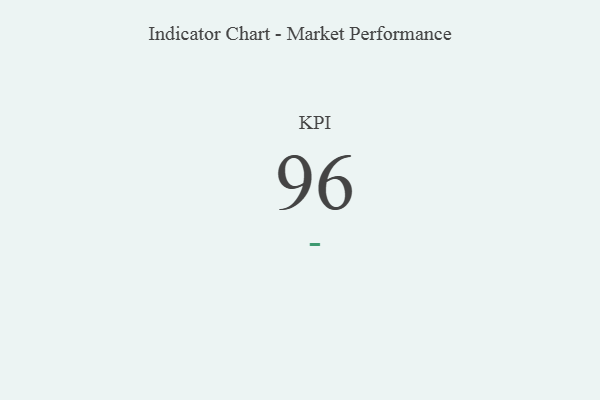
{"axis": {"x": "KPI", "y": "Value"}, "legend": [""], "data": [{"x": "KPI", "y": 96, "type": ""}]}